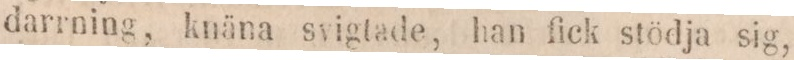
darrning, knäna svigtade, han fick stödja sig,